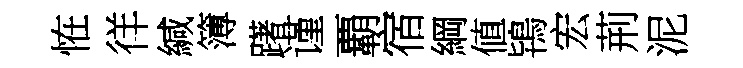
恠徉緘簿躇谨覇宿綱値鴇宏荊泥